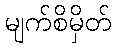
မျက်စိမှိတ်